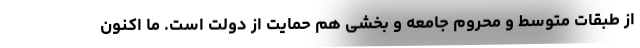
از طبقات متوسط و محروم جامعه و بخشی هم حمایت از دولت است. ما اکنون